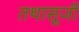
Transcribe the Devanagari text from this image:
तथासूजी